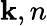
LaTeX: \mathbf{k},n